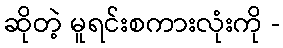
ဆိုတဲ့ မူရင်းစကားလုံးကို -